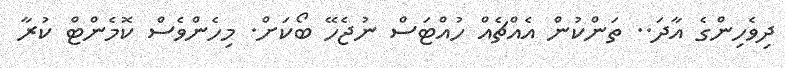
ދިވެހިންގެ އާދަ.. ތަންކުން އެއްޗެއް ހުއްޓަސް ނުޖެހޭ ބޯކަށް. މިހެންވެސް ކޮމެންޓް ކުރާ